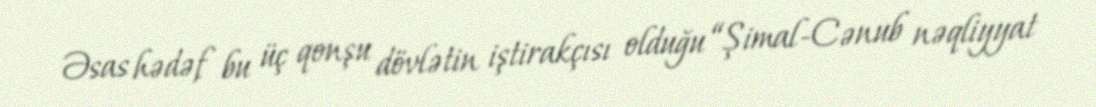
Əsas hədəf bu üç qonşu dövlətin iştirakçısı olduğu “Şimal-Cənub nəqliyyat